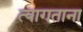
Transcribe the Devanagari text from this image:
त्यागताना